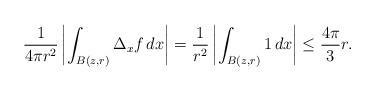
LaTeX: \begin{align*}\frac{1}{4\pi r^2}\left\vert \int_{B(z,r)}\Delta_x f\,dx\right\vert = \frac{1}{r^2}\left\vert \int_{B(z,r)} 1\,dx\right \vert \leq \frac{4\pi}{3}r.\end{align*}